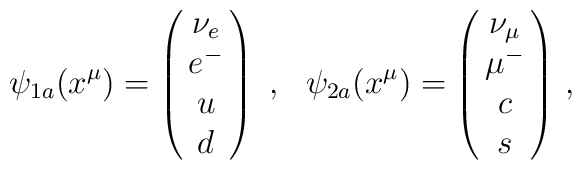
\psi_{1a}(x^{\mu}) =\pmatrix{\nu_e \cr            e^{-} \cr            u \cr            d} ~,~~\psi_{2a}(x^{\mu}) =\pmatrix{\nu_{\mu} \cr                      \mu^{-} \cr                      c \cr                      s} \, ,